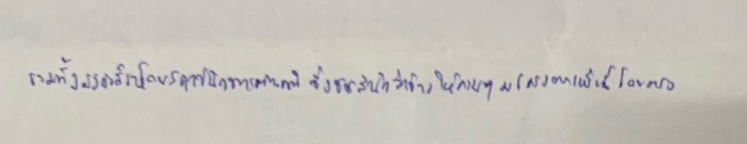
รวมทั้งยังก่อสร้างโดยสถาปนิกชาวต่างชาติซึ่งราชสำนักว่าจ้างให้ควบคุมโครงการเหล่านี้โดยตรง